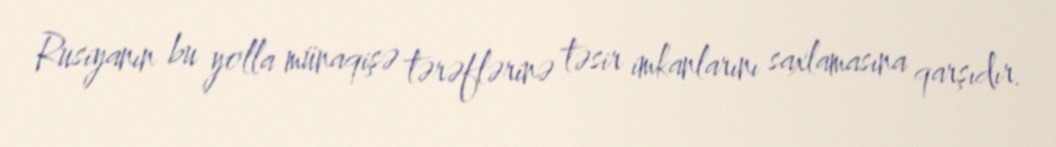
Rusiyanın bu yolla münaqişə tərəflərinə təsir imkanlarını saxlamasına qarşıdır.